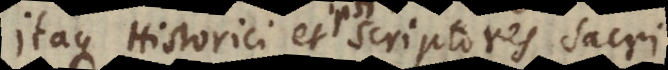
Itaque Historici et scriptores sacri